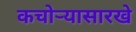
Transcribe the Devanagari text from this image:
कचोऱ्यासारखे